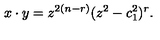
x \cdot y = z ^ { 2 ( n - r ) } ( z ^ { 2 } - c _ { 1 } ^ { 2 } ) ^ { r } .